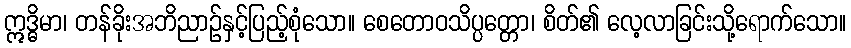
ဣဒ္ဓိမာ၊ တန်ခိုးအဘိညာဉ်နှင့်ပြည့်စုံသော။ စေတောဝသိပ္ပတ္တော၊ စိတ်၏ လေ့လာခြင်းသို့ရောက်သော။